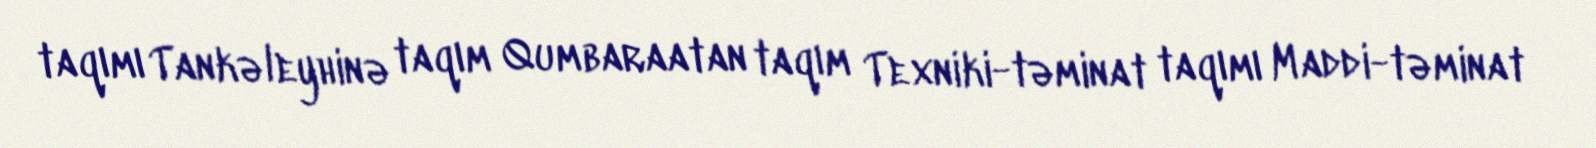
taqımı Tankəleyhinə taqım Qumbaraatan taqım Texniki-təminat taqımı Maddi-təminat